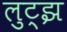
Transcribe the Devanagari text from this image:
लुट्झ